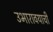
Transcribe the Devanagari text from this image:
उभारावयाची